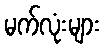
မက်လုံးများ